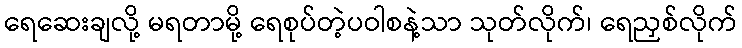
ရေဆေးချလို့ မရတာမို့ ရေစုပ်တဲ့ပဝါစနဲ့သာ သုတ်လိုက်၊ ရေညှစ်လိုက်